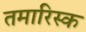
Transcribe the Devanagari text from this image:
तमारिस्क